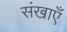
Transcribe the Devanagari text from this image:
संखाएँ